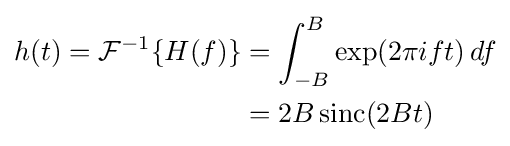
{\begin{aligned}h(t)={\mathcal {F}}^{-1}\{H(f)\}&=\int _{-B}^{B}\exp(2\pi ift)\,df\\&=2B\operatorname {sinc} (2Bt)\end{aligned}}